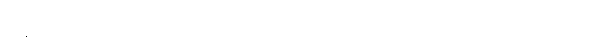
ရေနှင့်ရောလျှင် (ဆာလောင်မွတ်သိပ်ခြင်း ပိပါသအကြောင်းရှိလျှင် သောက်ကောင်း၏ဟု ဆိုသောကြောင့်)